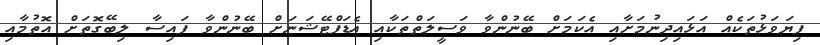
ފިޔަވަޅުތަކެއް އަޅައިދިނުމަށާއި އެކަމަށް ބޭނުންވާ ވަސީލަތްތަކާއި އެޑަޕްޓޭޝަނަށް ބޭނުންވާ ފައިސާ ލިބޭގޮތަށް އޮތުމާއި